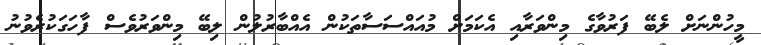
މީހުންނަށް ލެބޭ ފަރުވާގެ މިންވަރާއި އެކަމަށް މުއައްސަސާތަކުން އެއްބާރުލުން ލިބޭ މިންވަރުވެސް ފާހަގަކުރެވުނު